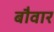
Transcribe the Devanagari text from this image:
बौवार